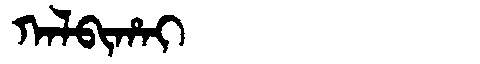
Manchu: ᡴᠠᠯᠪᡳᡥᠠᡳ
Romanization: KALBIHAI